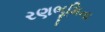
રણભૂમિના